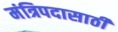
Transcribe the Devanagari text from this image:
मंत्रिपदासाठी